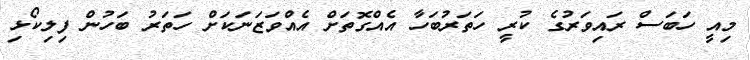
މިއީ ހަބަސް ރައިވަރުގެ ކުރީ ހަތަރުބަހާ އެއްގޮތަށް އެއްވަޒަނަކަށް ހަތަރު ބަހުން ފިލިކޯޅި